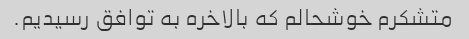
متشکرم خوشحالم که بالاخره به توافق رسیدیم.